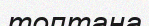
топтана